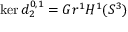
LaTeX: \ker d _ { 2 } ^ { 0 , 1 } = G r ^ { 1 } H ^ { 1 } ( S ^ { 3 } )